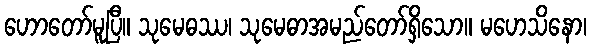
ဟောတော်မူပြီ။ သုမေဓဿ၊ သုမေဓာအမည်တော်ရှိသော။ မဟေသိနော၊